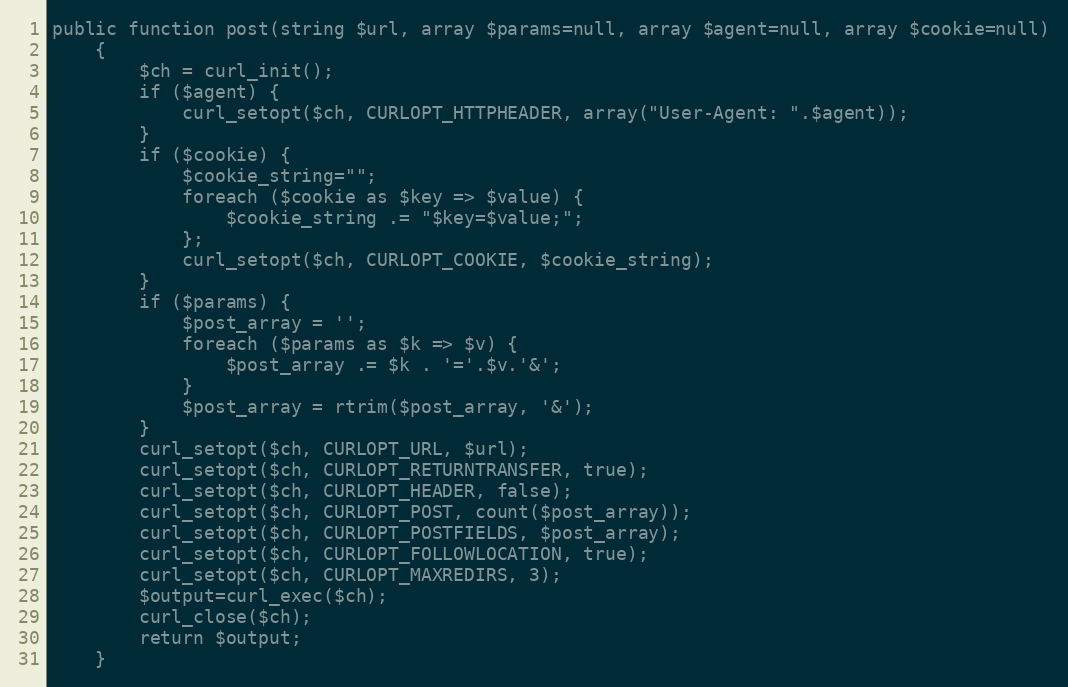
Language: PHP
public function post(string $url, array $params=null, array $agent=null, array $cookie=null)
    {
        $ch = curl_init();
        if ($agent) {
            curl_setopt($ch, CURLOPT_HTTPHEADER, array("User-Agent: ".$agent));
        }
        if ($cookie) {
            $cookie_string="";
            foreach ($cookie as $key => $value) {
                $cookie_string .= "$key=$value;";
            };
            curl_setopt($ch, CURLOPT_COOKIE, $cookie_string);
        }
        if ($params) {
            $post_array = '';
            foreach ($params as $k => $v) {
                $post_array .= $k . '='.$v.'&';
            }
            $post_array = rtrim($post_array, '&');
        }
        curl_setopt($ch, CURLOPT_URL, $url);
        curl_setopt($ch, CURLOPT_RETURNTRANSFER, true);
        curl_setopt($ch, CURLOPT_HEADER, false);
        curl_setopt($ch, CURLOPT_POST, count($post_array));
        curl_setopt($ch, CURLOPT_POSTFIELDS, $post_array);
        curl_setopt($ch, CURLOPT_FOLLOWLOCATION, true);
        curl_setopt($ch, CURLOPT_MAXREDIRS, 3);
        $output=curl_exec($ch);
        curl_close($ch);
        return $output;
    }